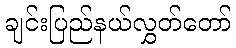
ချင်းပြည်နယ်လွှတ်တော်